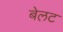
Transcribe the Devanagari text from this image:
बेलट